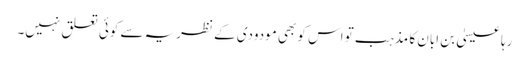
رہا عیسیٰ بن ابان کا مذہب تو اس کو بھی مودودی کے نظریہ سے کوئی تعلق نہیں۔